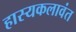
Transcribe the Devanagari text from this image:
हास्यकलावंत